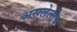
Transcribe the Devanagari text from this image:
असलेलीच